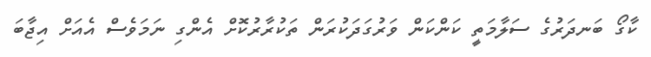
ކާގޯ ބަނދަރުގެ ސަލާމަތީ ކަންކަން ވަރުގަދަކުރަން ތަކުރާރުކޮށް އެންގި ނަމަވެސް އެއަށް އިޖާބަ